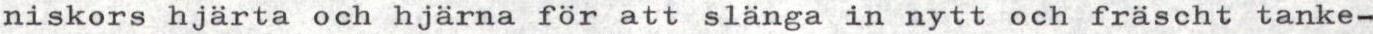
niskors hjärta och hjärna för att slänga in nytt och fräscht tanke-